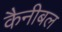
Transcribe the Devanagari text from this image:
कैनीबल